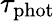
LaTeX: \tau_{\mathrm{phot}}